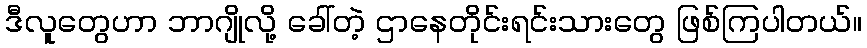
ဒီလူတွေဟာ ဘာဂျိုလို့ ခေါ်တဲ့ ဌာနေတိုင်းရင်းသားတွေ ဖြစ်ကြပါတယ်။